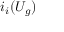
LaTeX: i _ { i } ( U _ { g } )